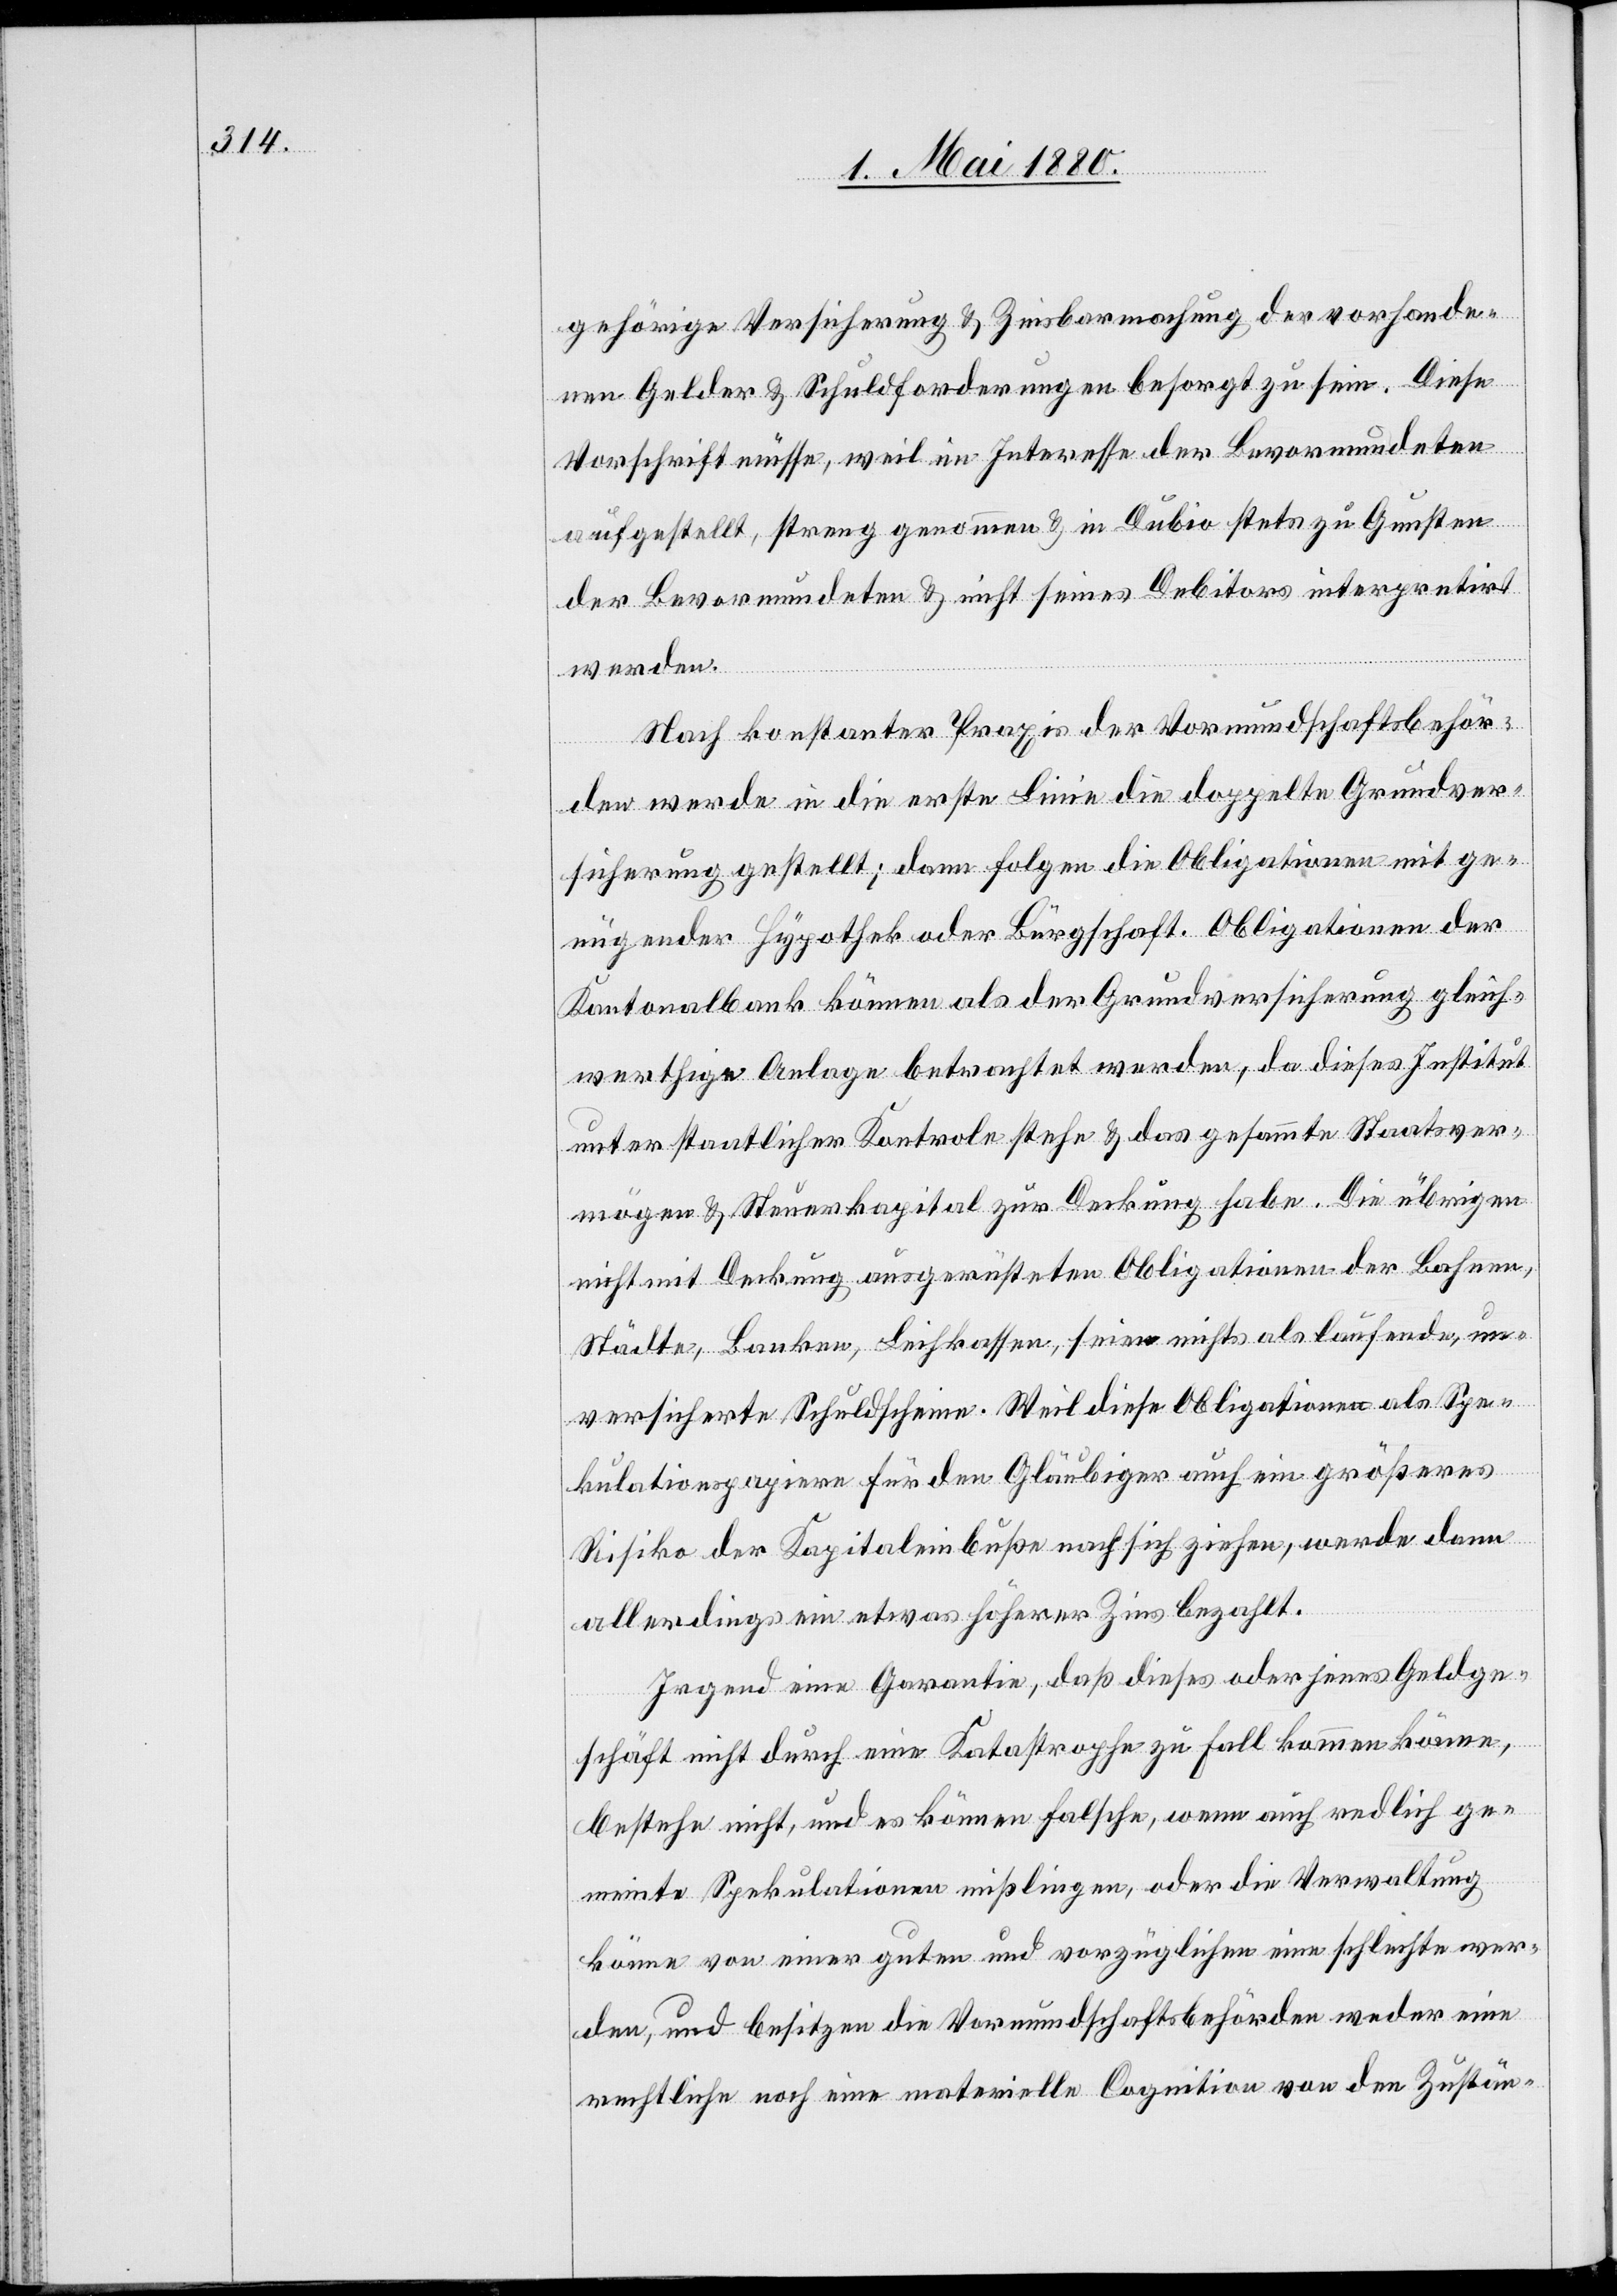
gehörige Versicherung & Zinsbarmachung der vorhande¬
nen Gelder & Schuldforderungen besorgt zu sein. Diese
Vorschrift müsse, weil im Interesse der Bevormundeten
aufgestellt, streng genommen & in Dubio stets zu Gunsten
der Bevormundeten & nicht seines Debitors interpretirt
werden.
Nach konstanter Praxis der Vormundschaftsbehör¬
den werde in die erste Linie die doppelte Grundver¬
sicherung gestellt; dann folgen die Obligationen mit ge¬
nügender Hypothek oder Bürgschaft. Obligationen der
Kantonalbank können als der Grundversicherung gleich¬
werthige Anlage betrachtet werden, da dieses Institut
unter staatlicher Kontrole steht & das gesammte Staatsver¬
mögen & Steuerkapital zur Deckung habe. Die übrigen
nicht mit Deckung ausgerüsteten Obligationen der Bahnen,
Städte, Banken, Leihkassen, seien nichts als laufende, un¬
versicherte Schuldscheine. Weil diese Obligationen als Spe¬
kulationspapiere für den Gläubiger auch ein größeres
Risiko der Kapitaleinbuße nach sich ziehen, werde dann
allerdings ein etwas höherer Zins bezahlt.
Irgend eine Garantie, daß dieses oder jenes Geldge¬
schäft nicht durch eine Katastrophe zu Fall kommen könne,
bestehe nicht, und es können falsche, wenn auch redlich ge¬
meinte Spekulationen mißlingen, oder die Verwaltung
könne von einer guten und vorzüglichen eine schlechte wer¬
den, und besitzen die Vormundschaftsbehörden weder eine
rechtliche noch eine materielle Cognition von den Zustän-